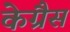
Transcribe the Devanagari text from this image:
केग्रैस